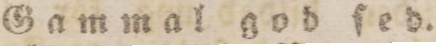
Gammal god ſed.